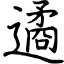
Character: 遹